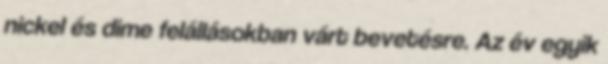
nickel és dime felállásokban várt bevetésre. Az év egyik